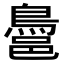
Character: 𪁨